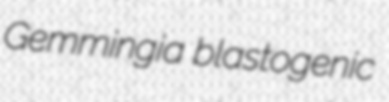
Gemmingia blastogenic